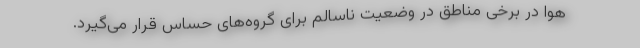
هوا در برخی مناطق در وضعیت ناسالم برای گروه‌های حساس قرار می‌گیرد.